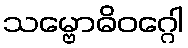
သမ္ဗောဓိဝဂ္ဂေါ